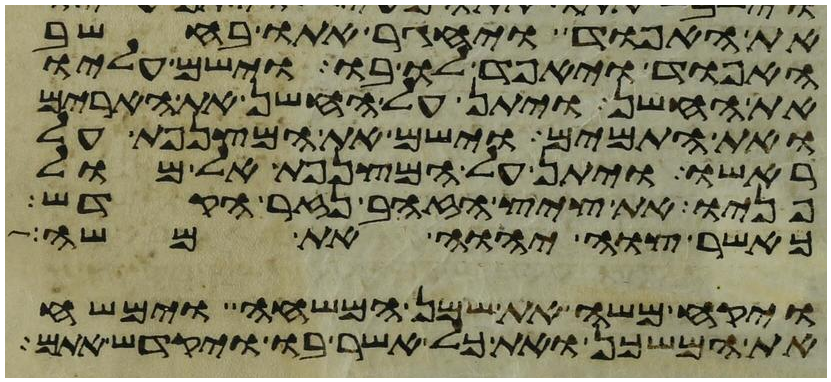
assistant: את האפוד ויחגר אתו בחשב
האפוד ויאפד לו בו וישם עליו
את החשן ויתן על החשן את הארים
ואת התמים וישם את המצנפת על
ראשו ויתן על המצנפת אל מול
פניו את ציץ הזהב נזר הקדש
כאשר צוה יהוה את משה
ויקח משה את שמן המשחה וימשח
את המשכן ואת כל אשר בו ויקדש אתם